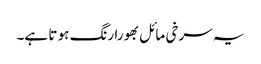
یہ سرخی مائل بھورا رنگ ہو تا ہے۔